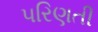
પરિણતી